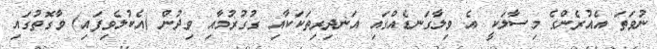
ނުވަތަ އެއުރެންގެ މިސާލަކީ އެ ވިލާގަނޑެއްގައި އަނދިރިތަކަކާއި ގުގުރުމާއި ވިދުން (އެކުލެވިފައި) ވާގޮތުގައި